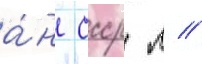
а́н ссср л //